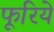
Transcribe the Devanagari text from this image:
फूरिये